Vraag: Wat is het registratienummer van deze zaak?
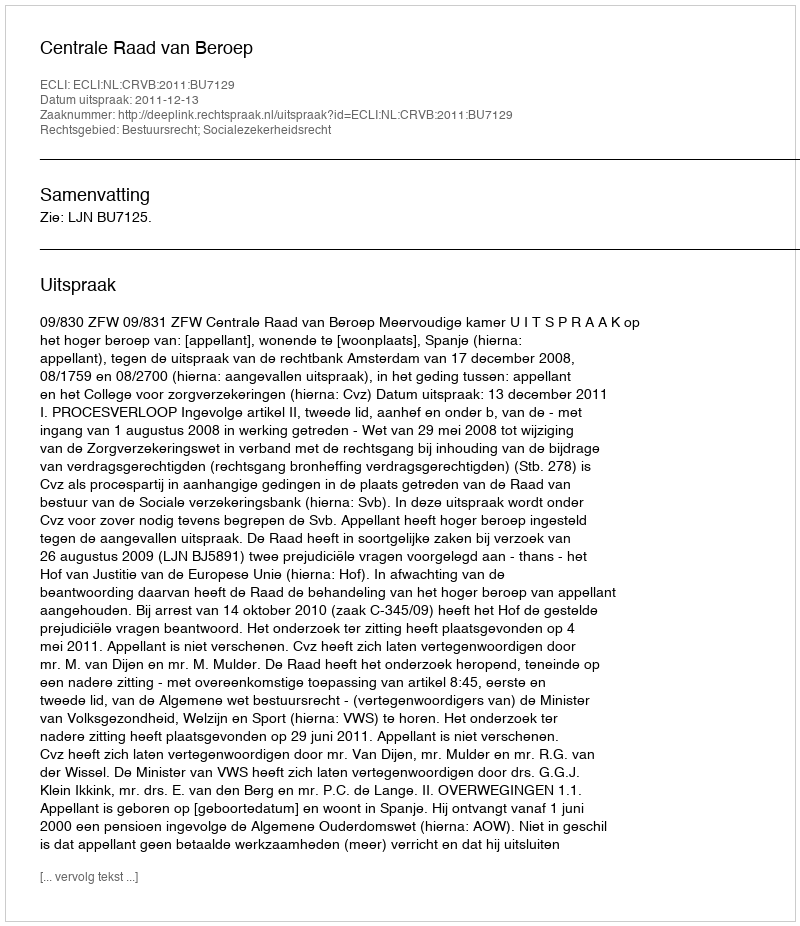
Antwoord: http://deeplink.rechtspraak.nl/uitspraak?id=ECLI:NL:CRVB:2011:BU7129